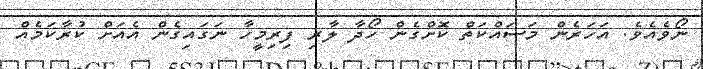
ނޯވެއެވެ. އަހަރެން މަސައްކަތް ކޮށްގެން ހޯދާ ލާރި ފިރިމީހާ ނަގައިގެން އެއަށް ކުރާކަމެއް